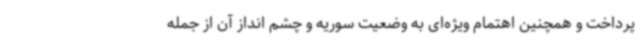
پرداخت و همچنین اهتمام ویژه‌ای به وضعیت سوریه و چشم انداز آن از جمله